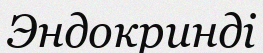
Эндокринді